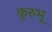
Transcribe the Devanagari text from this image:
कुरुभू